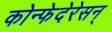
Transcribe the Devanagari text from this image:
कोन्फेदेरेसन्